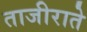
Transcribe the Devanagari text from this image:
ताजीराते